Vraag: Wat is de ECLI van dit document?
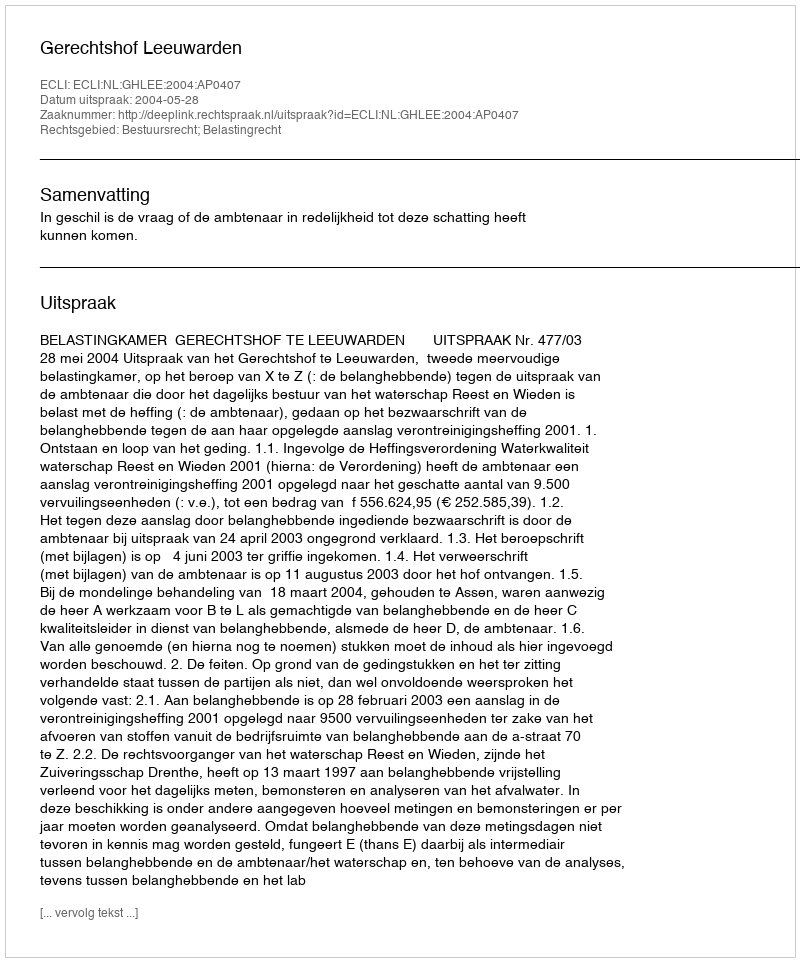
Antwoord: ECLI:NL:GHLEE:2004:AP0407